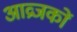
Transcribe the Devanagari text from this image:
आव्रजकों